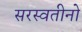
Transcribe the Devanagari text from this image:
सरस्वतीनो